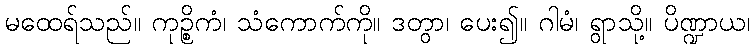
မထေရ်သည်။ ကုဉ္စိကံ၊ သံကောက်ကို။ ဒတွာ၊ ပေး၍။ ဂါမံ၊ ရွာသို့။ ပိဏ္ဍာယ၊